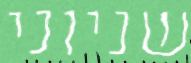
שניוני